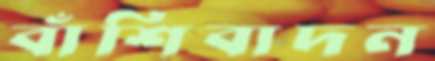
বাঁশিবাদন